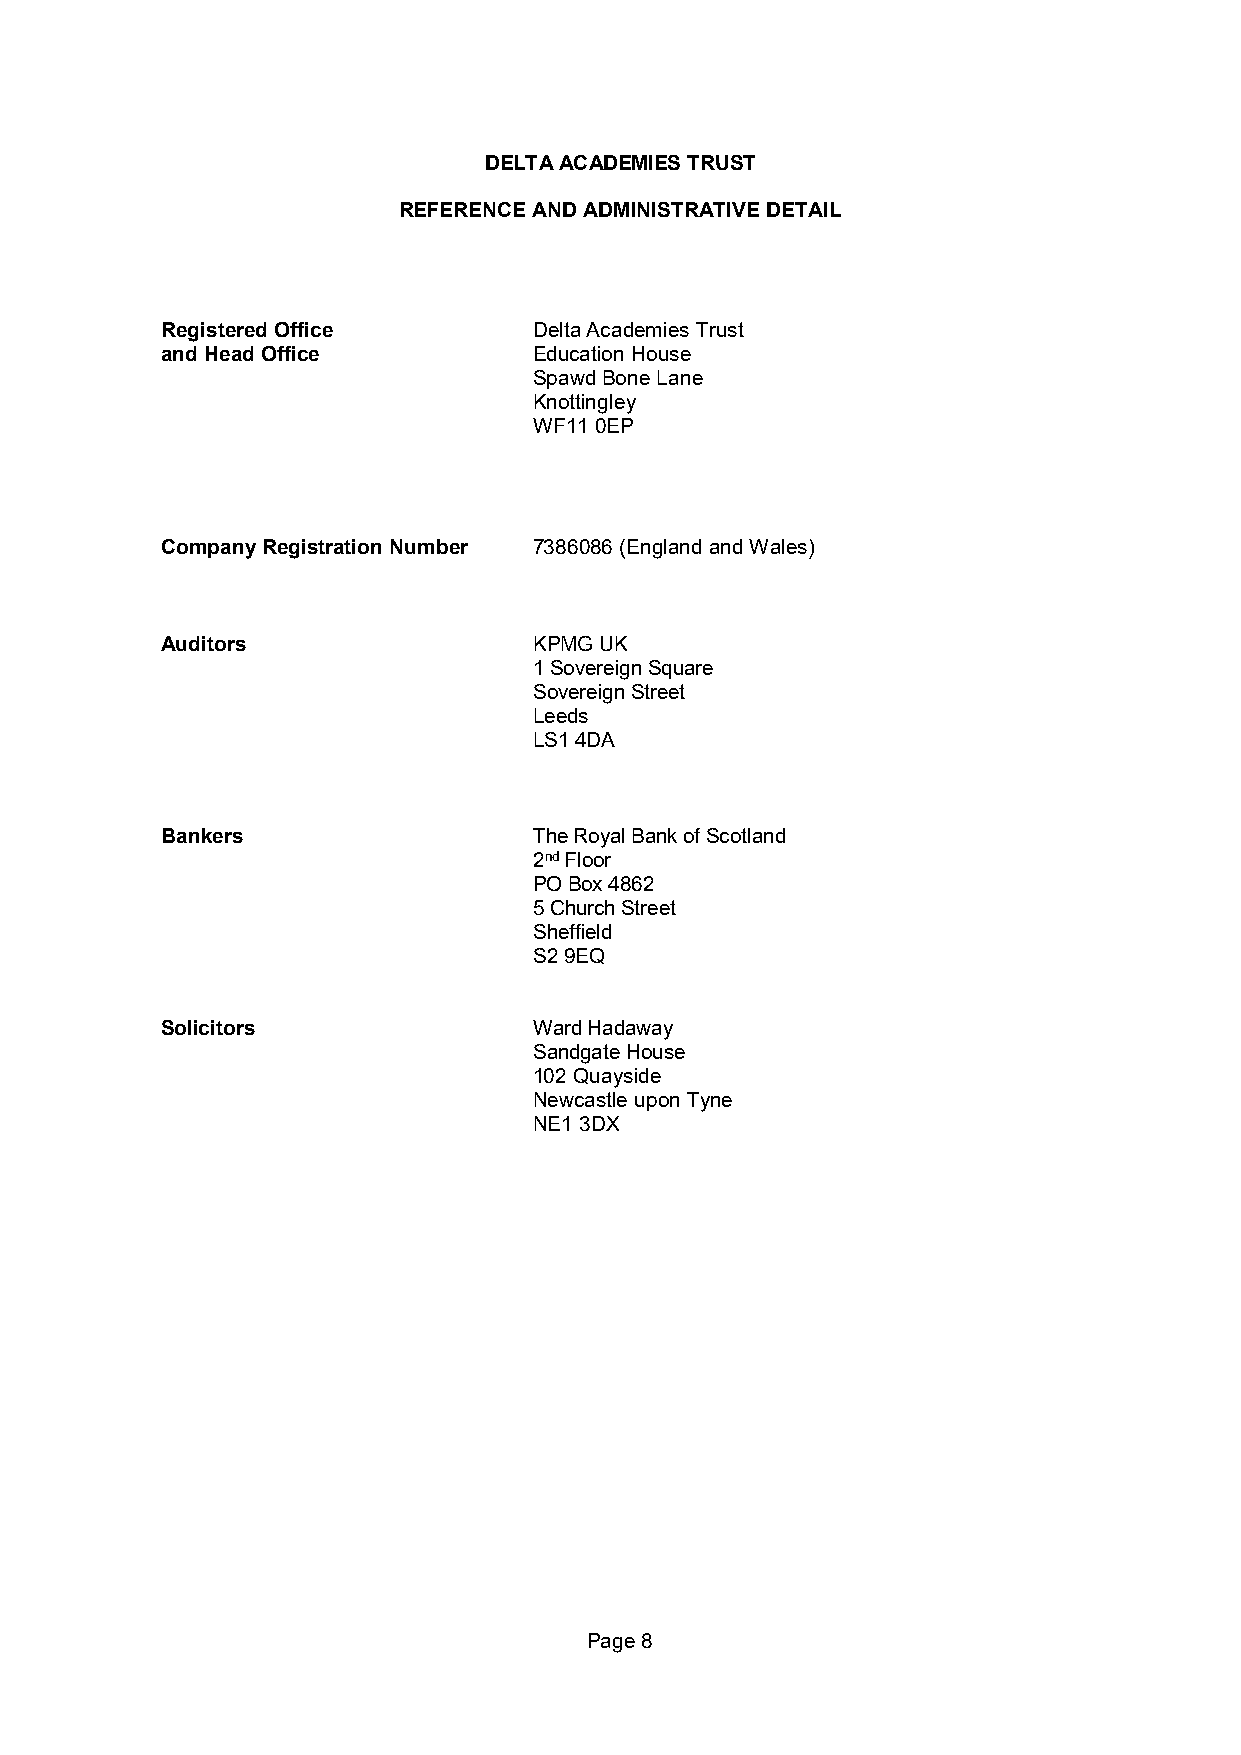
DELTA ACADEMIES TRUST
 REFERENCE AND ADMINISTRATIVE DETAIL
 Registered Office       Delta Academies Trust
 and Head Office         Education House
 Spawd Bone Lane
 Knottingley
 WF11 0EP
 Company Registration Number 7386086 (England and Wales)
 Auditors                KPMG UK
 1 Sovereign Square
 Sovereign Street
 Leeds
 LS1 4DA
 Bankers                 The Royal Bank of Scotland
 2nd Floor
 PO Box 4862
 5 Church Street
 Sheffield
 S2 9EQ
 Solicitors              Ward Hadaway
 Sandgate House
 102 Quayside
 Newcastle upon Tyne
 NE1 3DX
 Page 8